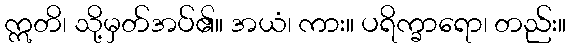
ဣတိ၊ သို့မှတ်အပ်၏။ အယံ၊ ကား။ ပရိက္ခာရော၊ တည်း။